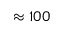
\approx 1 0 0